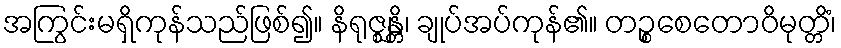
အကြွင်းမရှိကုန်သည်ဖြစ်၍။ နိရုဇ္ဈန္တိ၊ ချုပ်အပ်ကုန်၏။ တဉ္စစေတောဝိမုတ္တိံ၊